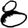
Digit: 8